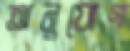
অনুযোগ